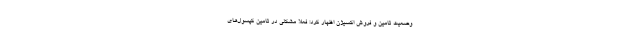
وضعیت تامین و فروش اکسیژن اظهار کرد: فعلا مشکلی در تامین کپسول‌های